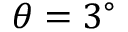
\theta = 3 ^ { \circ }